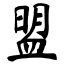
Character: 盟